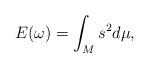
LaTeX: \begin{align*}E(\omega) = \int_M s^2 d\mu,\end{align*}